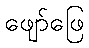
ဖျော်ဖြေ